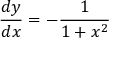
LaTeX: { \frac { d y } { d x } } = - { \frac { 1 } { 1 + x ^ { 2 } } }